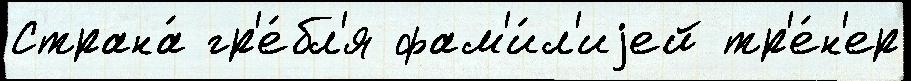
Страна́ гр'е́бл'я фам'и́л'иjей тр'е́н'ер